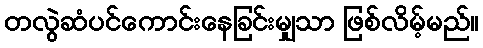
တလွဲဆံပင်ကောင်းနေခြင်းမျှသာ ဖြစ်လိမ့်မည်။